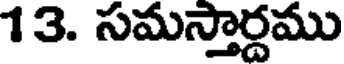
13. సమస్తార్దము